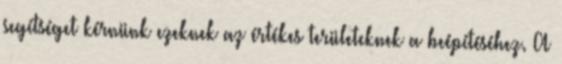
segítséget kérnünk ezeknek az értékes területeknek a beépítéséhez. A